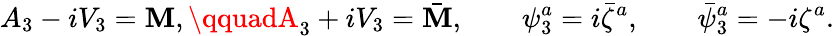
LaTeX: A_{3}-iV_{3}=\mathbf{M},\qquadA_{3}+iV_{3}=\bar{{\mathbf{M}}},\qquad\psi_{3}^{a}=i\bar{{\zeta}}^{a},\qquad\bar{{\psi}}_{3}^{a}=-i\zeta^{a}.